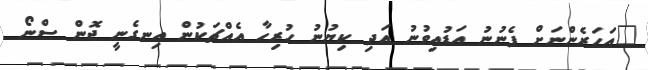
"އަހަރެންނަށް ފެނުނު އަޑުއިވުނު އަދި ކިޔުނު ހުރިހާ އެއްޗަކުން އިނގެނީ ޖޮން ސްނޯ